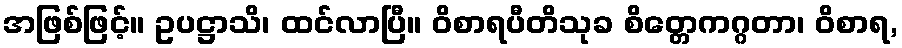
အဖြစ်ဖြင့်။ ဥပဋ္ဌာသိ၊ ထင်လာပြီ။ ဝိစာရပီတိသုခ စိတ္တေကဂ္ဂတာ၊ ဝိစာရ,